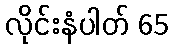
လိုင်းနံပါတ် 65